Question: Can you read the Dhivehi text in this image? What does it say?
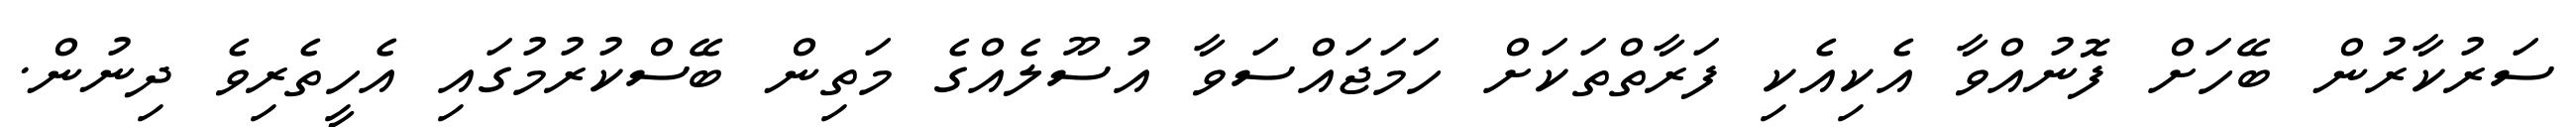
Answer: ސަރުކާރުން ބޭހަށް ފޮނުއްވާ އެކިއެކި ފަރާތްތަކަށް ހަމަޖައްސަވާ އުސޫލެއްގެ މަތިން ބޭސްކުރުމުގައި އެހީތެރިވެ ދިނުން.